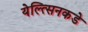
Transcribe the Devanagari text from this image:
येल्त्सिनकडे